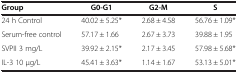
<table><thead><tr><td><b>Group</b></td><td><b>G0-G1</b></td><td><b>G2-M</b></td><td><b>S</b></td></tr></thead><tbody><tr><td>24 h Control</td><td>40.02 ± 5.25*</td><td>2.68 ± 4.58</td><td>56.76 ± 1.09*</td></tr><tr><td>Serum-free control</td><td>57.17 ± 1.66</td><td>2.67 ± 3.73</td><td>39.88 ± 1.95</td></tr><tr><td>SVPII 3 mg/L</td><td>39.92 ± 2.15*</td><td>2.17 ± 3.45</td><td>57.98 ± 5.68*</td></tr><tr><td>IL-3 10 μg/L</td><td>45.41 ± 3.63*</td><td>1.14 ± 1.67</td><td>53.13 ± 5.01*</td></tr></tbody></table>